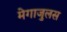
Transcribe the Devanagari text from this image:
मेगाजुलस